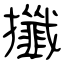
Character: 攕